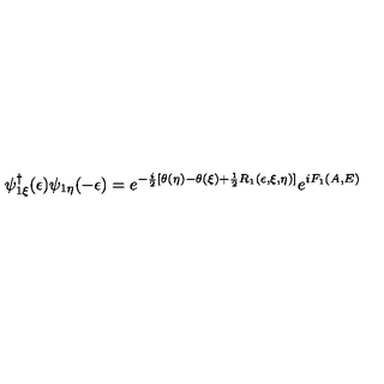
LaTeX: \psi _ { 1 \xi } ^ { \dagger } ( \epsilon ) \psi _ { 1 \eta } ( - \epsilon ) = e ^ { - \frac { i } { 2 } [ \theta ( \eta ) - \theta ( \xi ) + \frac { 1 } { 2 } R _ { 1 } ( \epsilon , \xi , \eta ) ] } e ^ { i F _ { 1 } ( A , E ) }